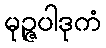
မုဉ္ဇပါဒုကံ